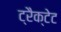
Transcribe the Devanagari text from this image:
ट्रैक्टेट